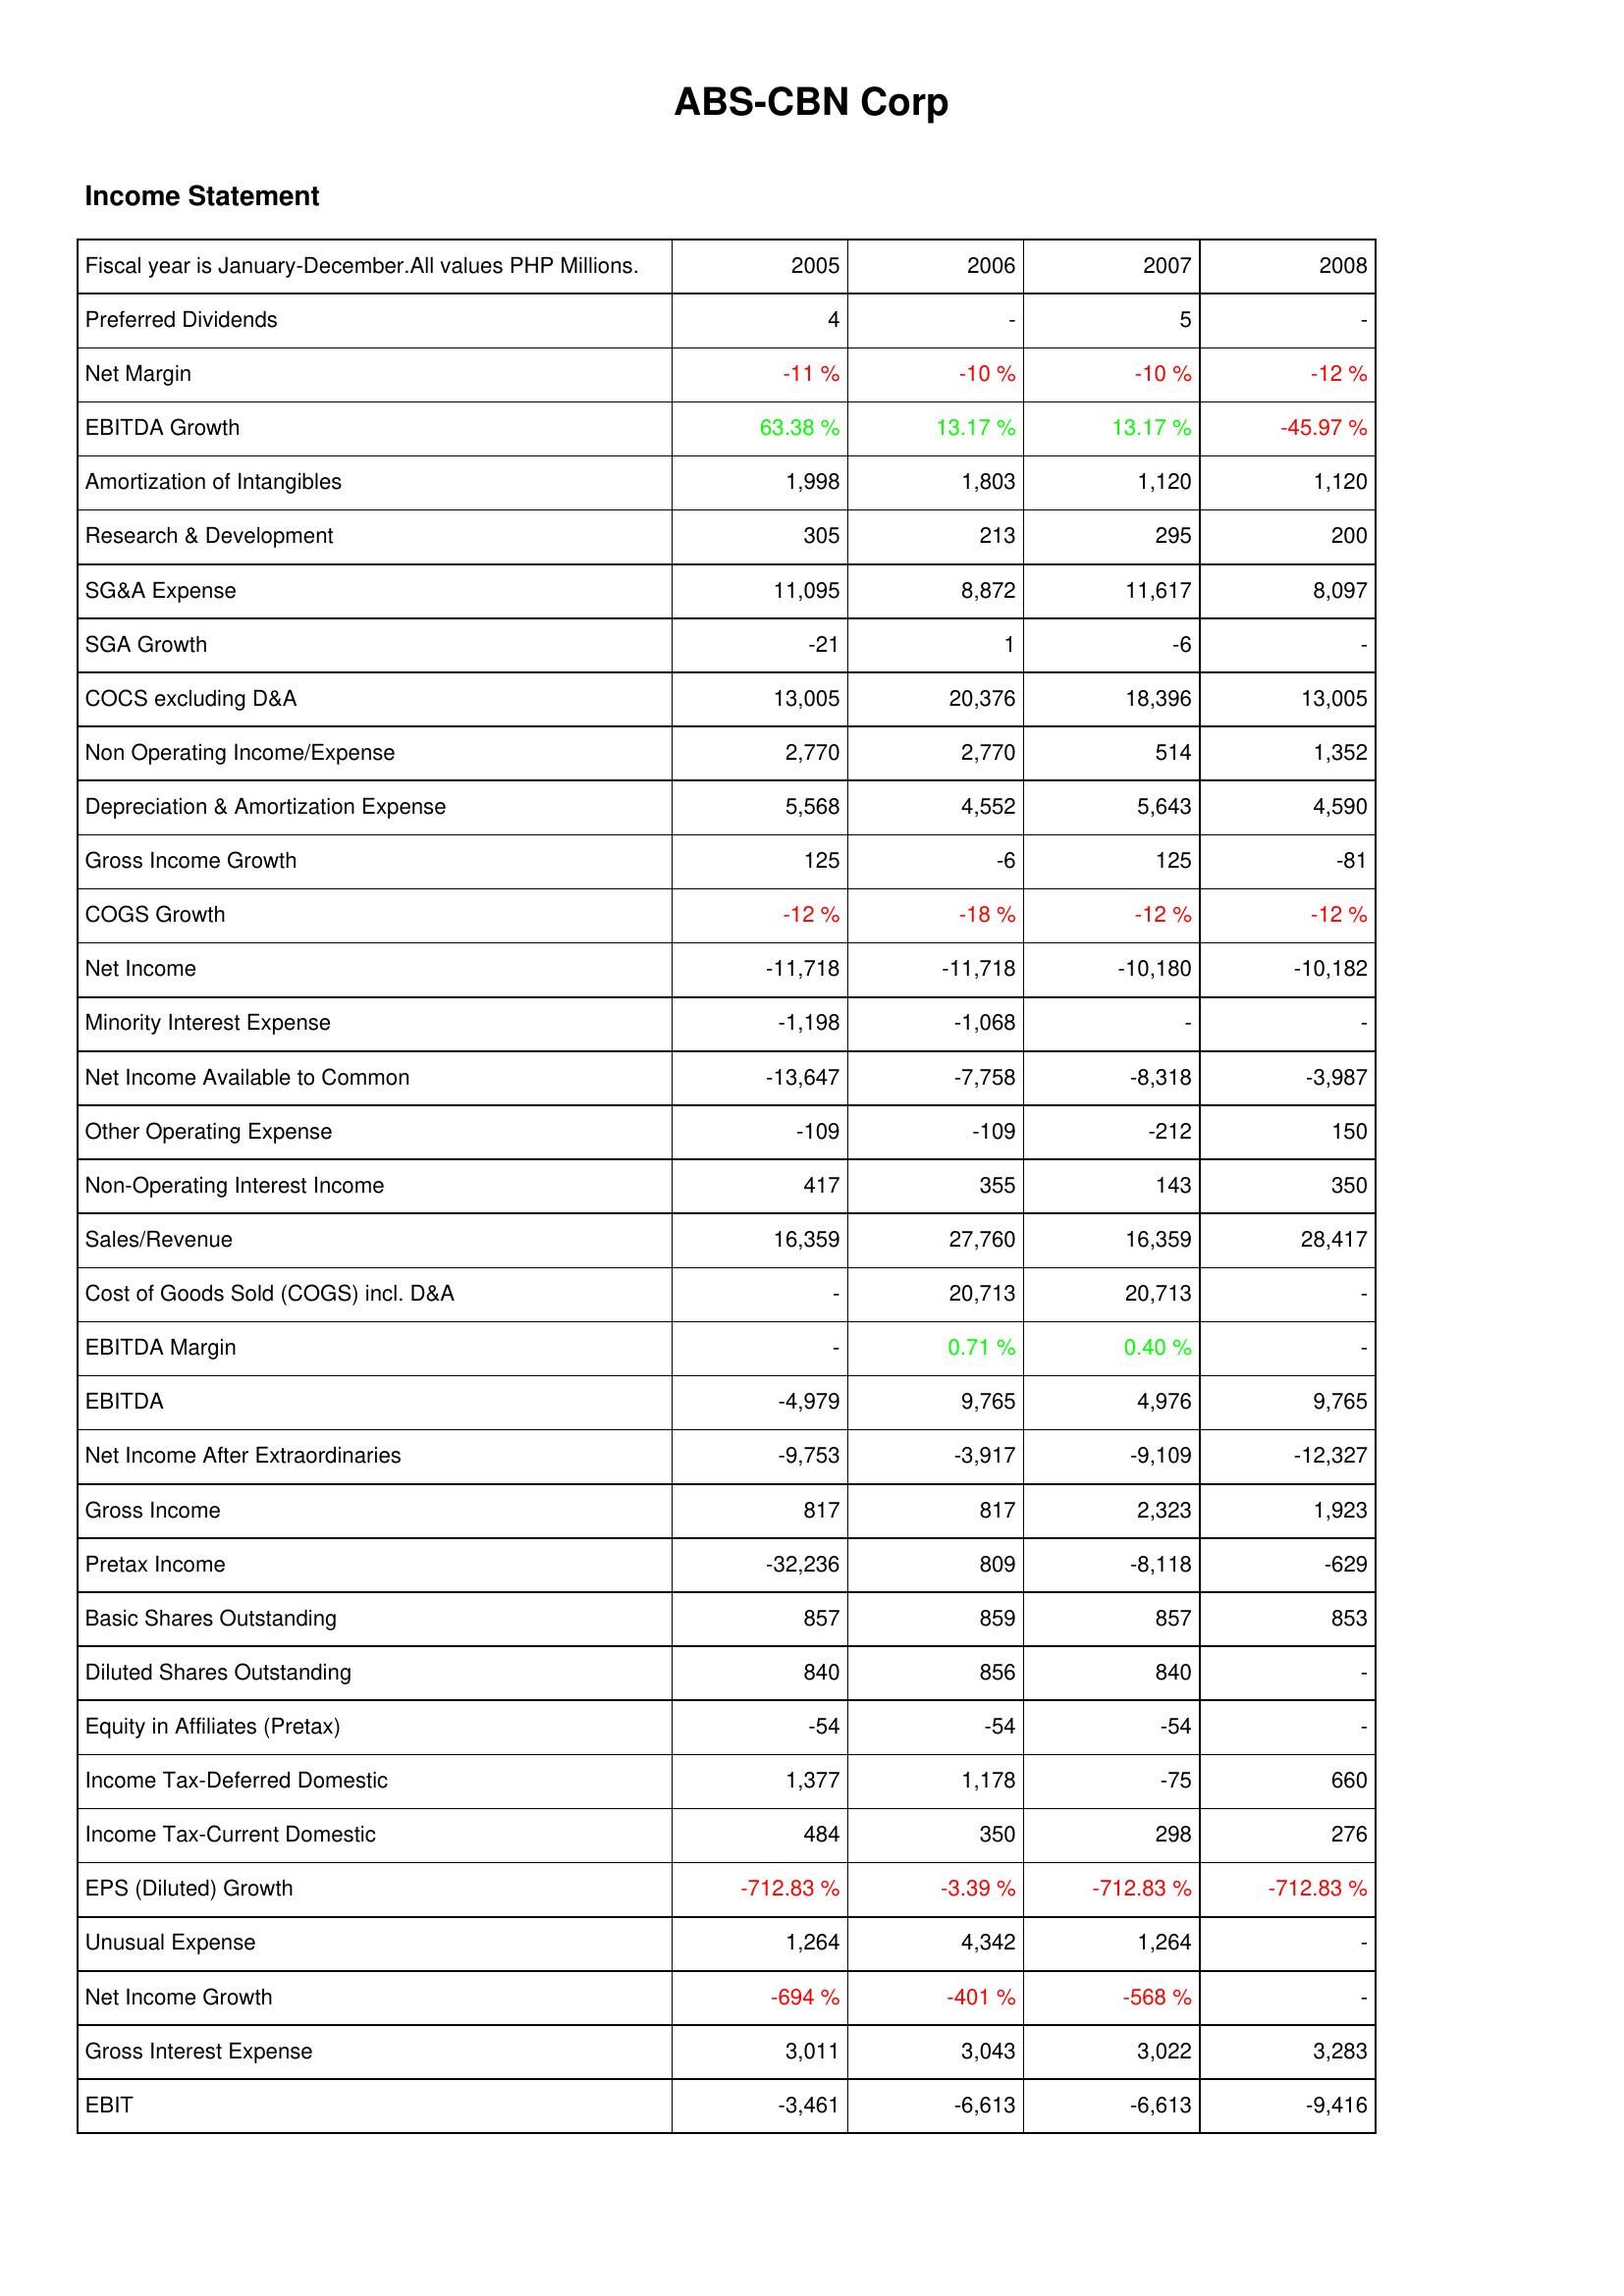
2005: Income Statement: Preferred Dividends: 4
Net Margin: -11 %
EBITDA Growth: 63.38 %
Amortization of Intangibles: 1,998
Research & Development: 305
SG&A Expense: 11,095
SGA Growth: -21
COCS excluding D&A: 13,005
Non Operating Income/Expense: 2,770
Depreciation & Amortization Expense: 5,568
Gross Income Growth: 125
COGS Growth: -12 %
Net Income: -11,718
Minority Interest Expense: -1,198
Net Income Available to Common: -13,647
Other Operating Expense: -109
Non-Operating Interest Income: 417
Sales/Revenue: 16,359
Cost of Goods Sold (COGS) incl. D&A: -
EBITDA Margin: -
EBITDA: -4,979
Net Income After Extraordinaries: -9,753
Gross Income: 817
Pretax Income: -32,236
Basic Shares Outstanding: 857
Diluted Shares Outstanding: 840
Equity in Affiliates (Pretax): -54
Income Tax-Deferred Domestic: 1,377
Income Tax-Current Domestic: 484
EPS (Diluted) Growth: -712.83 %
Unusual Expense: 1,264
Net Income Growth: -694 %
Gross Interest Expense: 3,011
EBIT: -3,461
2006: Income Statement: Preferred Dividends: -
Net Margin: -10 %
EBITDA Growth: 13.17 %
Amortization of Intangibles: 1,803
Research & Development: 213
SG&A Expense: 8,872
SGA Growth: 1
COCS excluding D&A: 20,376
Non Operating Income/Expense: 2,770
Depreciation & Amortization Expense: 4,552
Gross Income Growth: -6
COGS Growth: -18 %
Net Income: -11,718
Minority Interest Expense: -1,068
Net Income Available to Common: -7,758
Other Operating Expense: -109
Non-Operating Interest Income: 355
Sales/Revenue: 27,760
Cost of Goods Sold (COGS) incl. D&A: 20,713
EBITDA Margin: 0.71 %
EBITDA: 9,765
Net Income After Extraordinaries: -3,917
Gross Income: 817
Pretax Income: 809
Basic Shares Outstanding: 859
Diluted Shares Outstanding: 856
Equity in Affiliates (Pretax): -54
Income Tax-Deferred Domestic: 1,178
Income Tax-Current Domestic: 350
EPS (Diluted) Growth: -3.39 %
Unusual Expense: 4,342
Net Income Growth: -401 %
Gross Interest Expense: 3,043
EBIT: -6,613
2007: Income Statement: Preferred Dividends: 5
Net Margin: -10 %
EBITDA Growth: 13.17 %
Amortization of Intangibles: 1,120
Research & Development: 295
SG&A Expense: 11,617
SGA Growth: -6
COCS excluding D&A: 18,396
Non Operating Income/Expense: 514
Depreciation & Amortization Expense: 5,643
Gross Income Growth: 125
COGS Growth: -12 %
Net Income: -10,180
Minority Interest Expense: -
Net Income Available to Common: -8,318
Other Operating Expense: -212
Non-Operating Interest Income: 143
Sales/Revenue: 16,359
Cost of Goods Sold (COGS) incl. D&A: 20,713
EBITDA Margin: 0.40 %
EBITDA: 4,976
Net Income After Extraordinaries: -9,109
Gross Income: 2,323
Pretax Income: -8,118
Basic Shares Outstanding: 857
Diluted Shares Outstanding: 840
Equity in Affiliates (Pretax): -54
Income Tax-Deferred Domestic: -75
Income Tax-Current Domestic: 298
EPS (Diluted) Growth: -712.83 %
Unusual Expense: 1,264
Net Income Growth: -568 %
Gross Interest Expense: 3,022
EBIT: -6,613
2008: Income Statement: Preferred Dividends: -
Net Margin: -12 %
EBITDA Growth: -45.97 %
Amortization of Intangibles: 1,120
Research & Development: 200
SG&A Expense: 8,097
SGA Growth: -
COCS excluding D&A: 13,005
Non Operating Income/Expense: 1,352
Depreciation & Amortization Expense: 4,590
Gross Income Growth: -81
COGS Growth: -12 %
Net Income: -10,182
Minority Interest Expense: -
Net Income Available to Common: -3,987
Other Operating Expense: 150
Non-Operating Interest Income: 350
Sales/Revenue: 28,417
Cost of Goods Sold (COGS) incl. D&A: -
EBITDA Margin: -
EBITDA: 9,765
Net Income After Extraordinaries: -12,327
Gross Income: 1,923
Pretax Income: -629
Basic Shares Outstanding: 853
Diluted Shares Outstanding: -
Equity in Affiliates (Pretax): -
Income Tax-Deferred Domestic: 660
Income Tax-Current Domestic: 276
EPS (Diluted) Growth: -712.83 %
Unusual Expense: -
Net Income Growth: -
Gross Interest Expense: 3,283
EBIT: -9,416